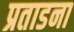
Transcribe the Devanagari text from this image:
प्रताडना